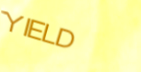
YIELD